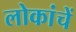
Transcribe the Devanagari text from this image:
लोकांचें